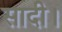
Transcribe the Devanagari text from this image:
सादी।